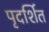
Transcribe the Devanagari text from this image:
पृदर्शित